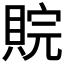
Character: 𮚉